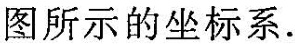
图所示的坐标系。